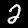
Label: 2